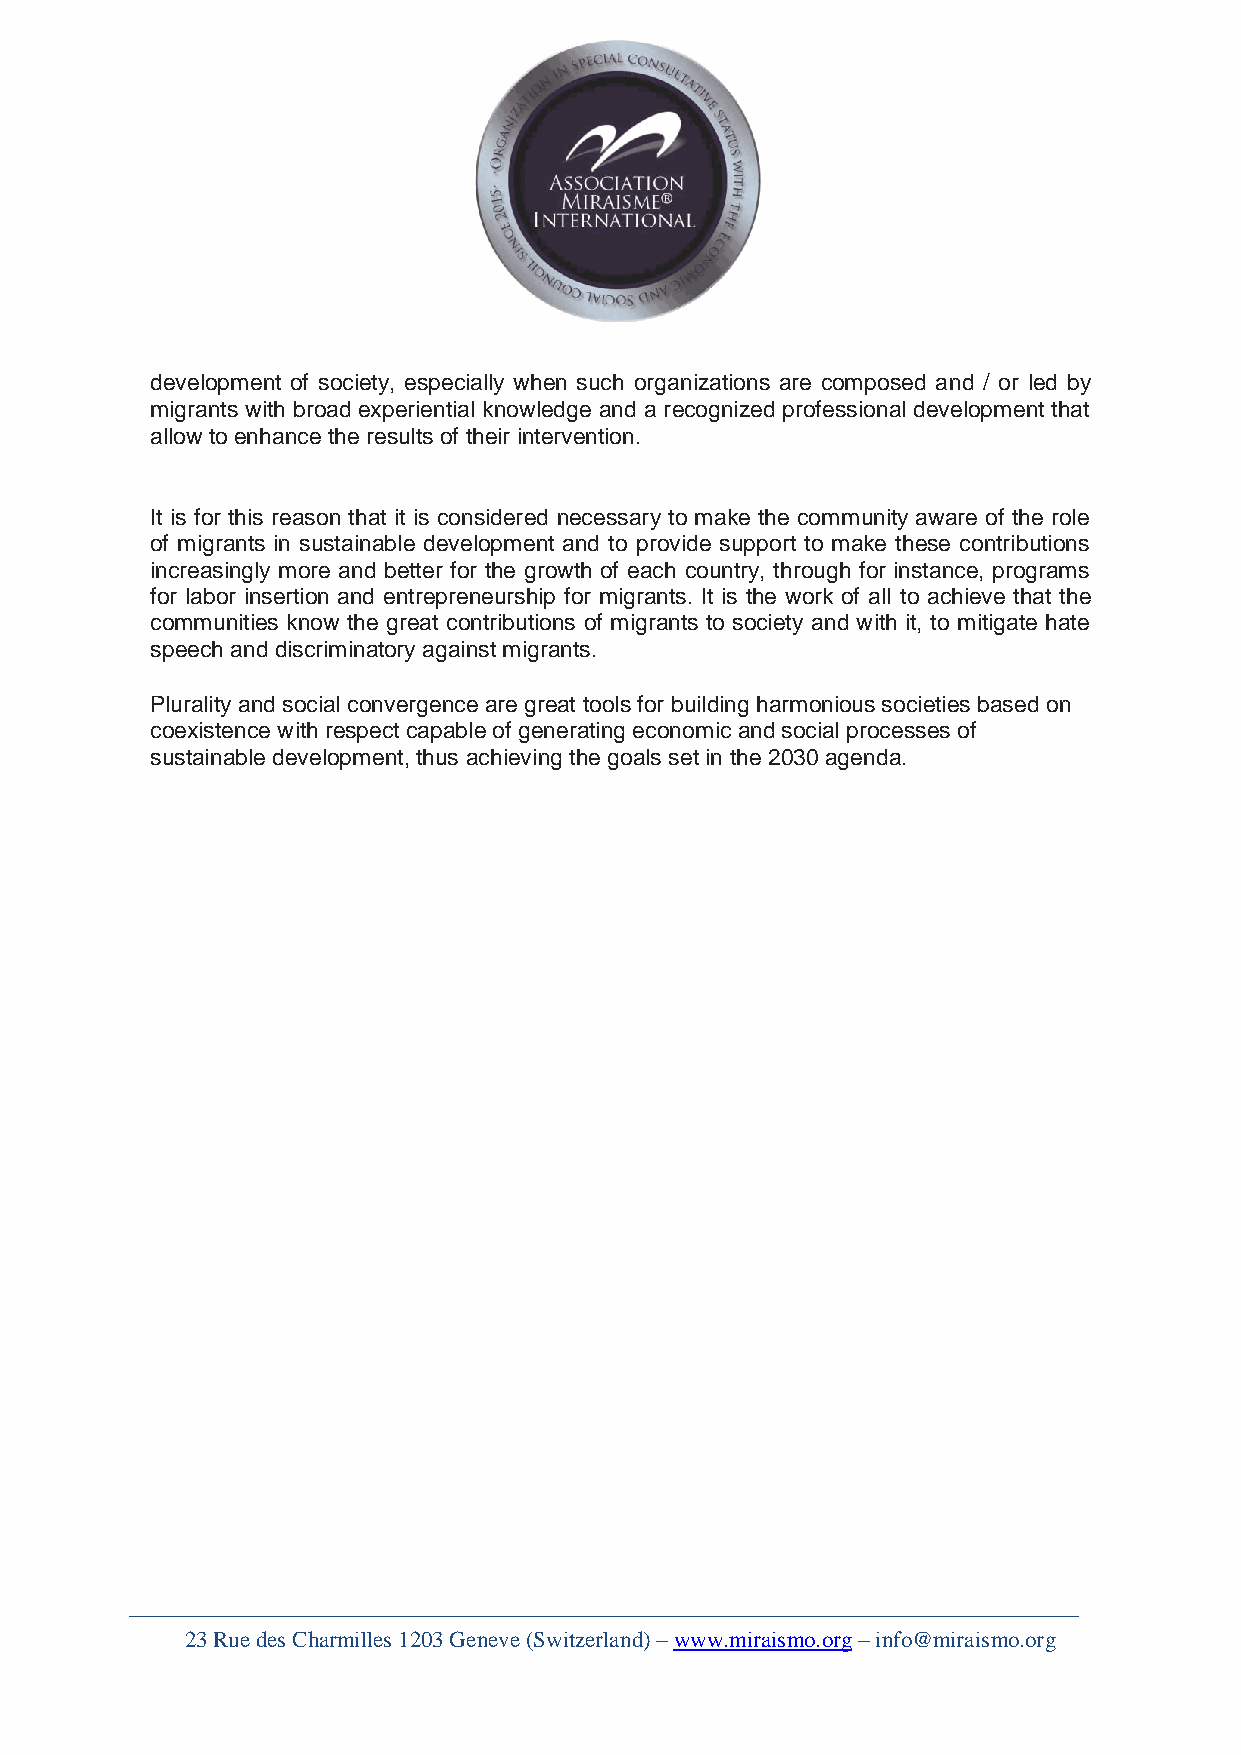
development of society, especially when such organizations are composed and / or led by
 migrants with broad experiential knowledge and a recognized professional development that
 allow to enhance the results of their intervention.
 It is for this reason that it is considered necessary to make the community aware of the role
 of migrants in sustainable development and to provide support to make these contributions
 increasingly more and better for the growth of each country, through for instance, programs
 for labor insertion and entrepreneurship for migrants. It is the work of all to achieve that the
 communities know the great contributions of migrants to society and with it, to mitigate hate
 speech and discriminatory against migrants.
 Plurality and social convergence are great tools for building harmonious societies based on
 coexistence with respect capable of generating economic and social processes of
 sustainable development, thus achieving the goals set in the 2030 agenda.
 23 Rue des Charmilles 1203 Geneve (Switzerland) – www.miraismo.org – info@miraismo.org